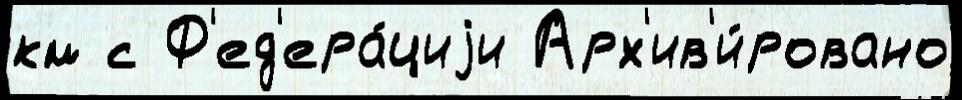
км с Ф'ед'ера́циjи Арх'ив'и́ровано